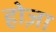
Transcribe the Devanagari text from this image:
होज़ा